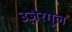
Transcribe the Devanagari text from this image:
उजै़रगुल